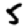
Digit: 5